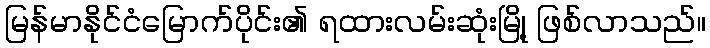
မြန်မာနိုင်ငံမြောက်ပိုင်း၏ ရထားလမ်းဆုံးမြို့ ဖြစ်လာသည်။